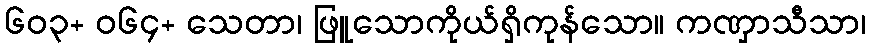
၆၀၃+ ဝ၆၄+ သေတာ၊ ဖြူသောကိုယ်ရှိကုန်သော။ ကဏှာသီသာ၊